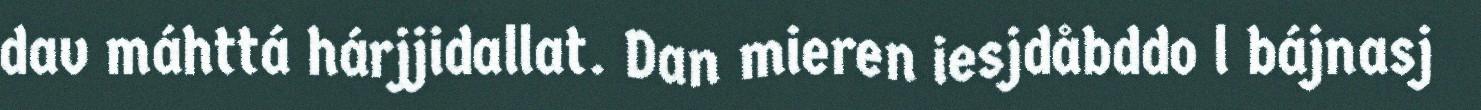
dav máhttá hárjjidallat. Dan mieren iesjdåbddo l bájnasj